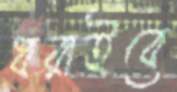
ধরাইবে